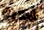
قدرة